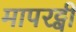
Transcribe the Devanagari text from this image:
मापरट्वी